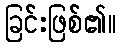
ခြင်းဖြစ်၏။